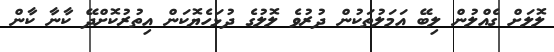
ލޮލަށް ގެއްލުން ލިބޭ އަމަލުތަކުން ދުރުވެ ލޮލުގެ ދުޅަހެޔޮކަން އިތުރުކޮށްދޭ ކާނާ ކާން